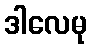
ဒါလေမု